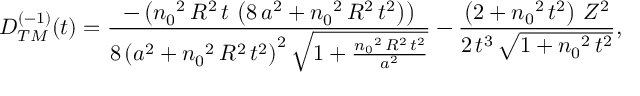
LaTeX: \begin{array} { c } { { D _ { T M } ^ { ( - 1 ) } ( t ) = \displaystyle { \frac { - \left( { n _ { 0 } } ^ { 2 } \, R ^ { 2 } \, t \, \left( 8 \, a ^ { 2 } + { n _ { 0 } } ^ { 2 } \, R ^ { 2 } \, t ^ { 2 } \right) \right) } { 8 \, { \left( a ^ { 2 } + { n _ { 0 } } ^ { 2 } \, R ^ { 2 } \, t ^ { 2 } \right) } ^ { 2 } \, { \sqrt { 1 + \frac { { n _ { 0 } } ^ { 2 } \, R ^ { 2 } \, t ^ { 2 } } { a ^ { 2 } } } } } - \frac { \left( 2 + { n _ { 0 } } ^ { 2 } \, t ^ { 2 } \right) \, Z ^ { 2 } } { 2 \, t ^ { 3 } \, { \sqrt { 1 + { n _ { 0 } } ^ { 2 } \, t ^ { 2 } } } } } , } } \end{array}